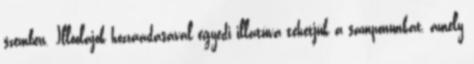
szemben. Illóolajok hozzáadásával egyedi illatúvá tehetjük a samponunkat, amely